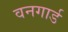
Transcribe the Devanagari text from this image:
वनगार्ड